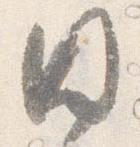
円